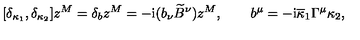
[ \delta _ { \kappa _ { 1 } } , \delta _ { \kappa _ { 2 } } ] z ^ { M } = \delta _ { b } z ^ { M } = - \mathrm { i } ( b _ { \nu } { \widetilde B } ^ { \nu } ) z ^ { M } , \qquad b ^ { \mu } = - \mathrm { i } { \overline { \kappa } } _ { 1 } \Gamma ^ { \mu } \kappa _ { 2 } ,